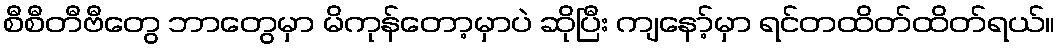
စီစီတီဗီတွေ ဘာတွေမှာ မိကုန်တော့မှာပဲ ဆိုပြီး ကျနော့်မှာ ရင်တထိတ်ထိတ်ရယ်။